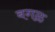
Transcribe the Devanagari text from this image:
बगळ